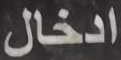
ادخال